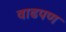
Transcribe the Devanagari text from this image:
वाढपण